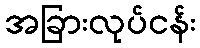
အခြားလုပ်ငန်း